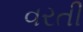
વરતી